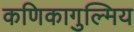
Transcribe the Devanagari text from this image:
कणिकागुल्मिय